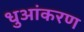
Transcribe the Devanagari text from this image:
धुआंकरण